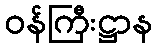
ဝန်ကြီးဋ္ဌာန